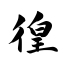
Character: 徨